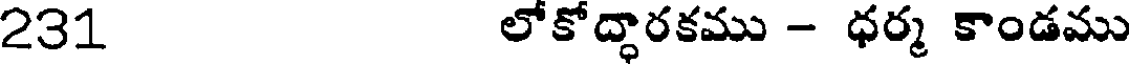
231 లోకోద్ధారకము - ధర్మ కాండము